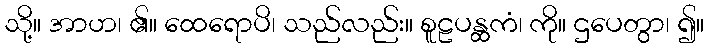
သို့။ အာဟ၊ ၏။ ထေရောပိ၊ သည်လည်း။ စူဠပန္ထကံ၊ ကို။ ဌပေတွာ၊ ၍။